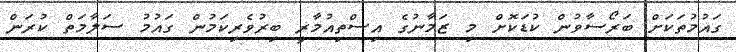
ގައުމުތަކަށް ބަރޯސާވުން ކުޑަކޮށް މި ޒަމާނުގެ އިސްތިއުމާރީ ބިރުވެރިކަމުން ގައުމު ސަލާމަތް ކުރަން